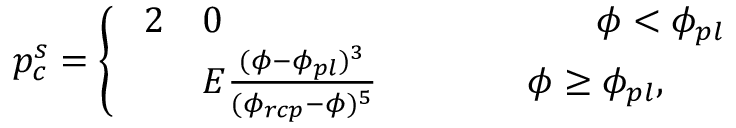
p _ { c } ^ { s } = \left\{ \begin{array} { l l } { \! \begin{array} { r l } { { 2 } } & { 0 \quad \quad \quad \quad \quad \quad \quad \quad \quad \quad \phi < \phi _ { p l } } \\ & { E \frac { ( \phi - \phi _ { p l } ) ^ { 3 } } { ( \phi _ { r c p } - \phi ) ^ { 5 } } \quad \quad \quad \quad \phi \geq \phi _ { p l } , } \end{array} } \end{array} \right.